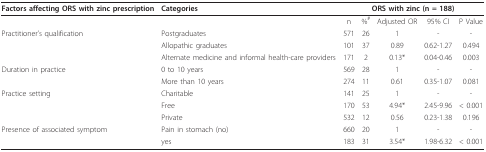
| Factors affecting ORS with zinc prescription | Categories | <COLSPAN=5> ORS with zinc (n = 188) |
 | --- | --- | --- | --- | --- | --- | --- |
 |  |  | n | %# | Adjusted OR | 95% CI | P Value |
 | Practitioner's qualification | Postgraduates | 571 | 26 | 1 | - | - |
 |  | Allopathic graduates | 101 | 37 | 0.89 | 0.62-1.27 | 0.494 |
 |  | Alternate medicine and informal health-care providers | 171 | 2 | 0.13* | 0.04-0.46 | 0.003 |
 | Duration in practice | 0 to 10 years | 569 | 28 | 1 | - | - |
 |  | More than 10 years | 274 | 11 | 0.61 | 0.35-1.07 | 0.081 |
 | Practice setting | Charitable | 141 | 25 | 1 | - | - |
 |  | Free | 170 | 53 | 4.94* | 2.45-9.96 | < 0.001 |
 |  | Private | 532 | 12 | 0.56 | 0.23-1.38 | 0.196 |
 | Presence of associated symptom | Pain in stomach (no) | 660 | 20 | 1 | - | - |
 |  | yes | 183 | 31 | 3.54* | 1.98-6.32 | < 0.001 |